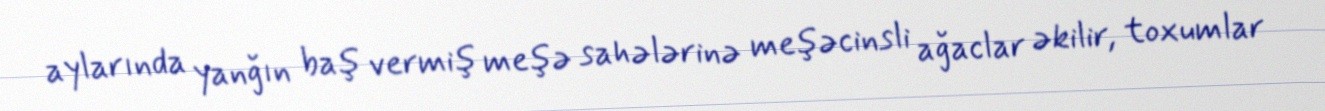
aylarında yanğın baş vermiş meşə sahələrinə meşəcinsli ağaclar əkilir, toxumlar